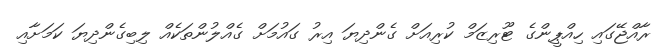
ރާއްޖޭގައި ހިއްޕީންގެ ޓޫރިޒަމް ކުރިއަށް ގެންދިޔަ އިރު ގައުމަށް ގެއްލުންތަކެއް ލިބިގެންދިޔަ ކަމަށާއި